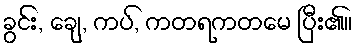
ခွင်း, ချေ, ကပ်, ကတရကတမေ ပြီး၏။